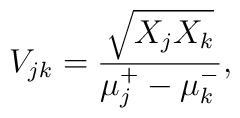
V_{jk}=\frac{\sqrt{X_{j}X_{k}}}{\mu_{j}\sp{+}-\mu_{k}\sp{-}},